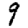
Digit: 9